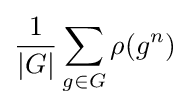
{\frac {1}{|G|}}\sum _{g\in G}\rho (g^{n})